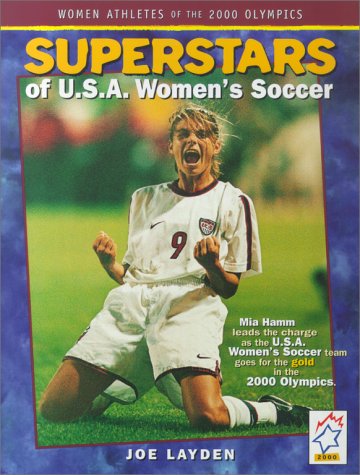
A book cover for Superstars of USA Womens Soccer (Women Athletes of the 2000 Olympics); Joe Layden; Children's Books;